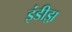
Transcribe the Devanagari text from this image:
इंडीझ़़